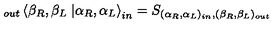
\displaystyle _ { o u t } \left\langle \beta _ { R } , \beta _ { L } \right. \left| \alpha _ { R } , \alpha _ { L } \right\rangle _ { i n } = S _ { ( \alpha _ { R } , \alpha _ { L } ) _ { i n } , ( \beta _ { R } , \beta _ { L } ) _ { o u t } }